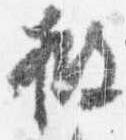
披